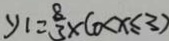
y _ { 1 } = \frac { 8 } { 3 } \times ( 0 < x \leq 3 )